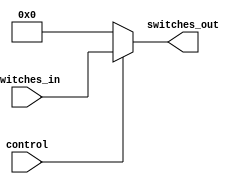
// sikender 

module SwitchesControl(
	input [0:0] control, 
	input [17:0]switches_in, 
	output[17:0]switches_out); 
	
	assign switches_out = (control)? switches_in : 18'b0;

endmodule